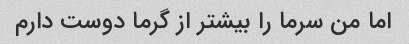
اما من سرما را بیشتر از گرما دوست دارم